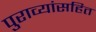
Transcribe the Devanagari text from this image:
पुराव्यांसहित